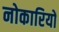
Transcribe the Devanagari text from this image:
नोकारियों